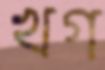
খগ